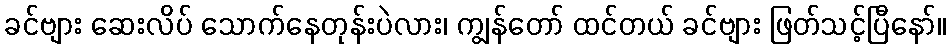
ခင်ဗျား ဆေးလိပ် သောက်နေတုန်းပဲလား၊ ကျွန်တော် ထင်တယ် ခင်ဗျား ဖြတ်သင့်ပြီနော်။